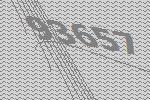
93657